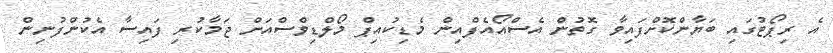
އެ ރިޕޯޓުގައި ބަޔާންކޮށްފައިވާ ގޮތުން އެސްއޯއެފްއިން މެޑިކުއިޕް މޯލްޑިވްސްއަށް ޖަމާކުރި ފައިސާ އެކުންފުނިން